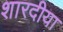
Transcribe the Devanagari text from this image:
शारदीया